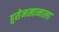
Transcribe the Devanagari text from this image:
हुसेनखानाला